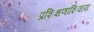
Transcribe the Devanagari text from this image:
प्रशिक्षणाशिवाय